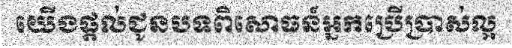
យើងផ្តល់ជូនបទពិសោធន៍អ្នកប្រើប្រាស់ល្អ